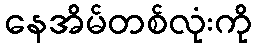
နေအိမ်တစ်လုံးကို